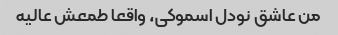
من عاشق نودل اسموکی، واقعا طمعش عالیه